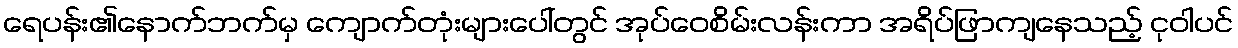
ရေပန်း၏နောက်ဘက်မှ ကျောက်တုံးများပေါ်တွင် အုပ်ဝေစိမ်းလန်းကာ အရိပ်ဖြာကျနေသည့် ငုဝါပင်